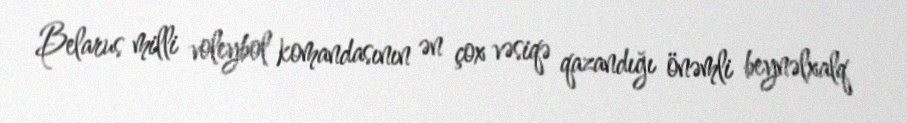
Belarus milli voleybol komandasının ən çox vəsiqə qazandığı önəmli beynəlxalq